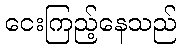
ငေးကြည့်နေသည်